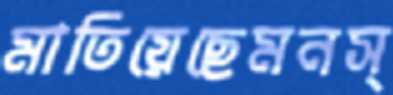
মাতিয়েছেমনস্